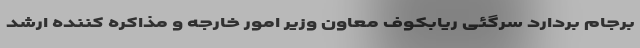
برجام بردارد سرگئی ریابکوف معاون وزیر امور خارجه و مذاکره کننده ارشد